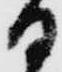
日